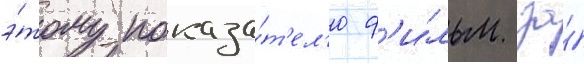
э́тому показа́т'ел'ю ф'и́льм за́